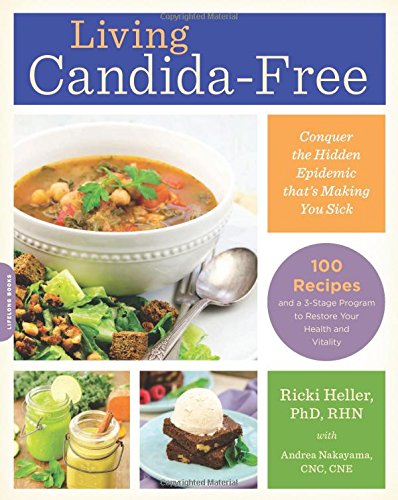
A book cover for Living Candida-Free: 100 Recipes and a 3-Stage Program to Restore Your Health and Vitality; Ricki Heller; Cookbooks, Food & Wine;